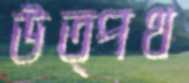
উত্পথ